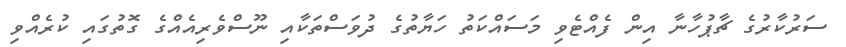
ސަރުކާރުގެ ޗާޕުހާނާ އިން ފެއްޓެވި މަސައްކަތު ހަޔާތުގެ ދުވަސްތަކާއި ނޫސްވެރިއެއްގެ ގޮތުގައި ކުރެއްވި